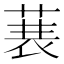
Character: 𮏣